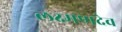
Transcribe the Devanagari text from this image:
लक्ष्‍मणदेव